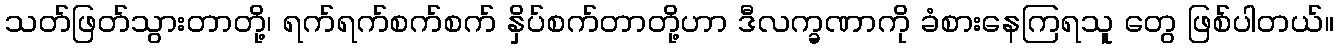
သတ်ဖြတ်သွားတာတို့၊ ရက်ရက်စက်စက် နှိပ်စက်တာတို့ဟာ ဒီလက္ခဏာကို ခံစားနေကြရသူ တွေ ဖြစ်ပါတယ်။